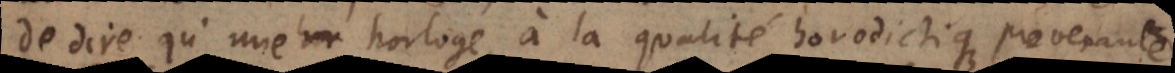
de dire qu’une horloge, a la qualité horodictique provenante